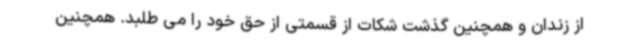
از زندان و همچنین گذشت شکات از قسمتی از حق خود را می طلبد. همچنین